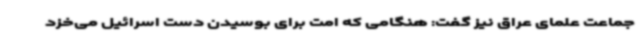
جماعت علمای عراق نیز گفت: هنگامی که امت برای بوسیدن دست اسرائیل می‌خزد